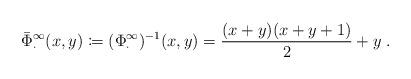
LaTeX: \begin{align*}\bar\Phi_\cdot^\infty(x,y)\coloneqq (\Phi_\cdot^\infty)^{-1}(x,y) = \frac{(x+y)(x+y+1)}{2} + y\;.\end{align*}